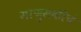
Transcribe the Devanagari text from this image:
माणुसकीचं